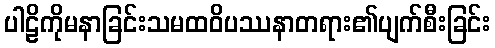
ပါဠိကိုမနာခြင်းသမထဝိပဿနာတရား၏ပျက်စီးခြင်း